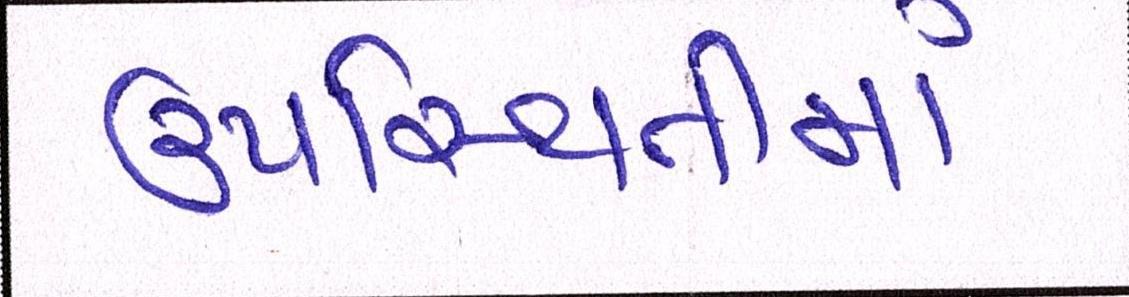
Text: ઉપસ્થિતીમાં